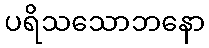
ပရိသသောဘနော